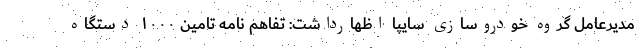
مدیرعامل گروه خودروسازی سایپا اظهارداشت: تفاهم نامه تامین ۱۰۰۰ دستگاه